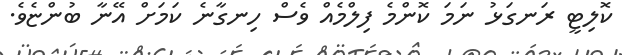
ކޮލިޓީ ރަނގަޅު ނަމަ ކޮންމެ ފިލްމެއް ވެސް ހިނގާނެ ކަމަށް އޭނާ ބުންޏެވެ.